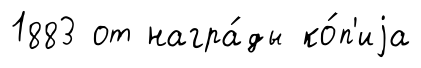
1883 от награ́ды ко́п'иjа